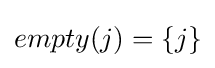
empty(j)=\{j\}